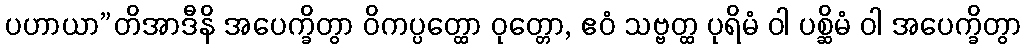
ပဟာယာ”တိအာဒီနိ အပေက္ခိတွာ ဝိကပ္ပတ္ထော ဝုတ္တော, ဧဝံ သဗ္ဗတ္ထ ပုရိမံ ဝါ ပစ္ဆိမံ ဝါ အပေက္ခိတွာ